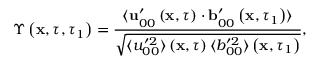
\Upsilon \left( \mathbf { x } , \tau , \tau _ { 1 } \right) = \frac { \langle \mathbf { u } _ { 0 0 } ^ { \prime } \left( \mathbf { x } , \tau \right) \cdot \mathbf { b } _ { 0 0 } ^ { \prime } \left( \mathbf { x } , \tau _ { 1 } \right) \rangle } { \sqrt { \langle u _ { 0 0 } ^ { \prime 2 } \rangle \left( \mathbf { x } , \tau \right) \langle b _ { 0 0 } ^ { \prime 2 } \rangle \left( \mathbf { x } , \tau _ { 1 } \right) } } ,